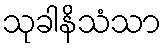
သုခါနိသံသာ